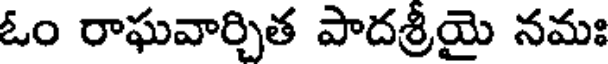
ఓం రాఘవార్చిత పాదశ్రీయై నమః